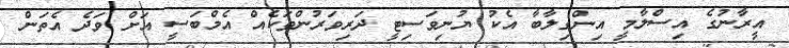
އީރާނުގެ އިސްލާމީ އިންގިލާބާ އެކު ޔުނިވަސިޓީ ދަރިވަރުންތަކެއް އެމްބަސީ އަށް ވަދެ އެތަން